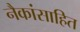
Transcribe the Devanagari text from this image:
नैकांसाहित